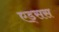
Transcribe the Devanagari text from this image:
एड्सस